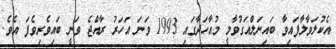
އެކުލަވާލާފައިވާ ބައިނަލްއަގުވާމީ މުއާހަދާގައި 1993 ވަނަ އަހަރު ރާއްޖެ ވަނީ ބައިވެރިވެފަ އެވެ.